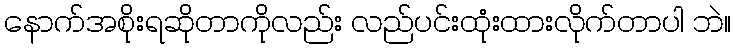
နောက်အစိုးရဆိုတာကိုလည်း လည်ပင်းထုံးထားလိုက်တာပါ ဘဲ။